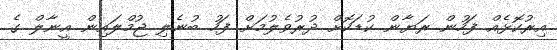
އިރުކޮޅެއް ފަހުން ރަޔާން ކުޑަކޮށް ދުރުވެލުމަށް ފަހު ބުނެލި ޖުމްލައިން އީނާލް ގެ